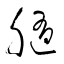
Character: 膸